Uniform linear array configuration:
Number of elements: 24
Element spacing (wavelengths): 0.75
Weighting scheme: cosine
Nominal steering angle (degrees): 60
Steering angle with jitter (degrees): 58.347
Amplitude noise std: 0.05
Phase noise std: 0.05

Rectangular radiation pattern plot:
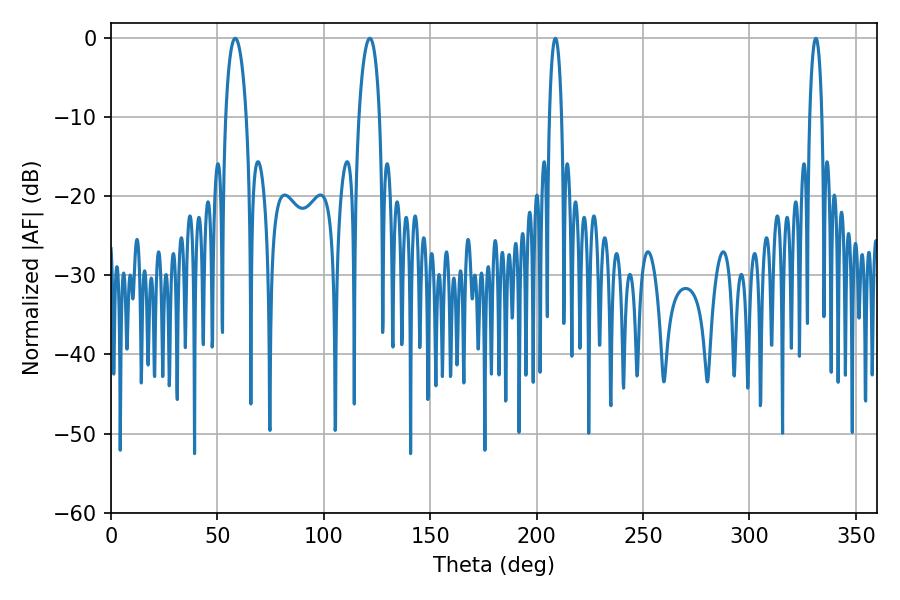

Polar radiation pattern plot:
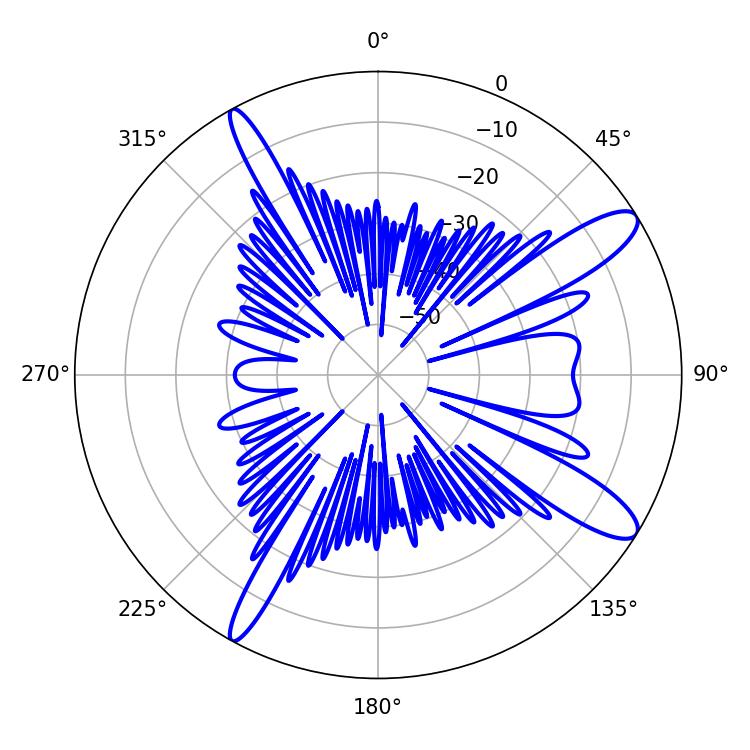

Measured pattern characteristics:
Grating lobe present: TRUE
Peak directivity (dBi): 12.145
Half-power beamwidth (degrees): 3.24
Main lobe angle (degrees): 208.8